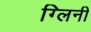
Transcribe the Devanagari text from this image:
ग्लिनी